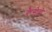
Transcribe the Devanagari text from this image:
कैसेटो